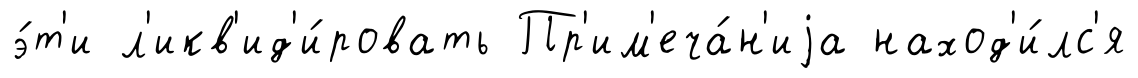
э́т'и л'икв'ид'и́ровать Пр'им'еча́н'иjа наход'и́лс'я